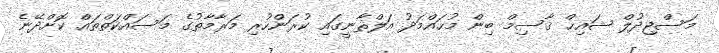
މަސްޖިދުލް ޝައިޚް ޤާސިމް ބިން މުޙައްމަދު އަލްޘާނީގައި ކުރަންހުރި މަރާމާތުގެ މަސައްކަތްތައް ކޮށްދޭނެ